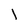
Character: l